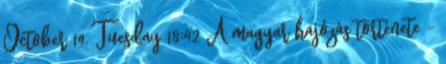
October 19. Tuesday 18:42 A magyar hajózás története -